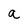
Character: a